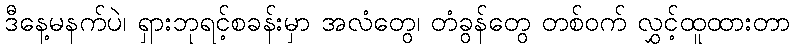
ဒီနေ့မနက်ပဲ၊ ရှားဘုရင့်စခန်းမှာ အလံတွေ၊ တံခွန်တွေ တစ်ဝက် လွှင့်ထူထားတာ